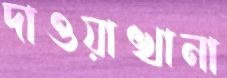
দাওয়াখানা